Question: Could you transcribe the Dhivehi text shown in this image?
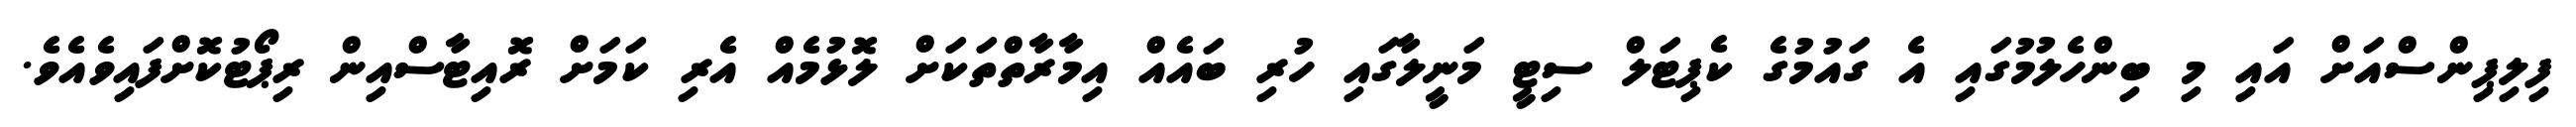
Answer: ފިލިޕިންސްއަށް އައި މި ބިންހެލުމުގައި އެ ގައުމުގެ ކެޕިޓަލް ސިޓީ މަނީލާގައި ހުރި ބައެއް އިމާރާތްތަކަށް ލޮޅުމެއް އެރި ކަމަށް ރޮއިޓާސްއިން ރިޕޯޓުކޮށްފައިވެއެވެ.